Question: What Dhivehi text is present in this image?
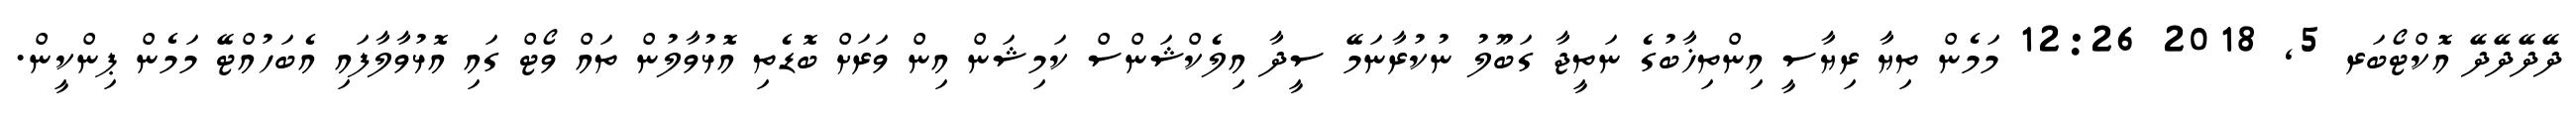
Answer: ދޭދޭދޭދޭ އޮކްޓޯބަރ 5, 2018 12:26 މަމެން ތިޔާ ރިޔާސީ އިންތިޚާބުގެ ނަތީޖާ ގަބޫލު ނުކުރާނަމޭ ސީދާ އިލެކްޝަންސް ކަމިޝަން އިން ވަރަށް ބޮޑެތި އޮޅުވާލުން ތައް ވޯޓް ގައި އޮޅުވާލާފައި އެބަހުއްޓޭ މަމެން ޕިންކީން.